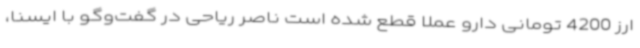
ارز 4200 تومانی دارو عملا قطع شده است ناصر ریاحی در گفت‌وگو با ایسنا،